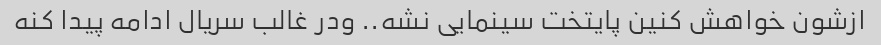
ازشون خواهش کنین پایتخت سینمایی نشه.. ودر غالب سریال ادامه پیدا کنه